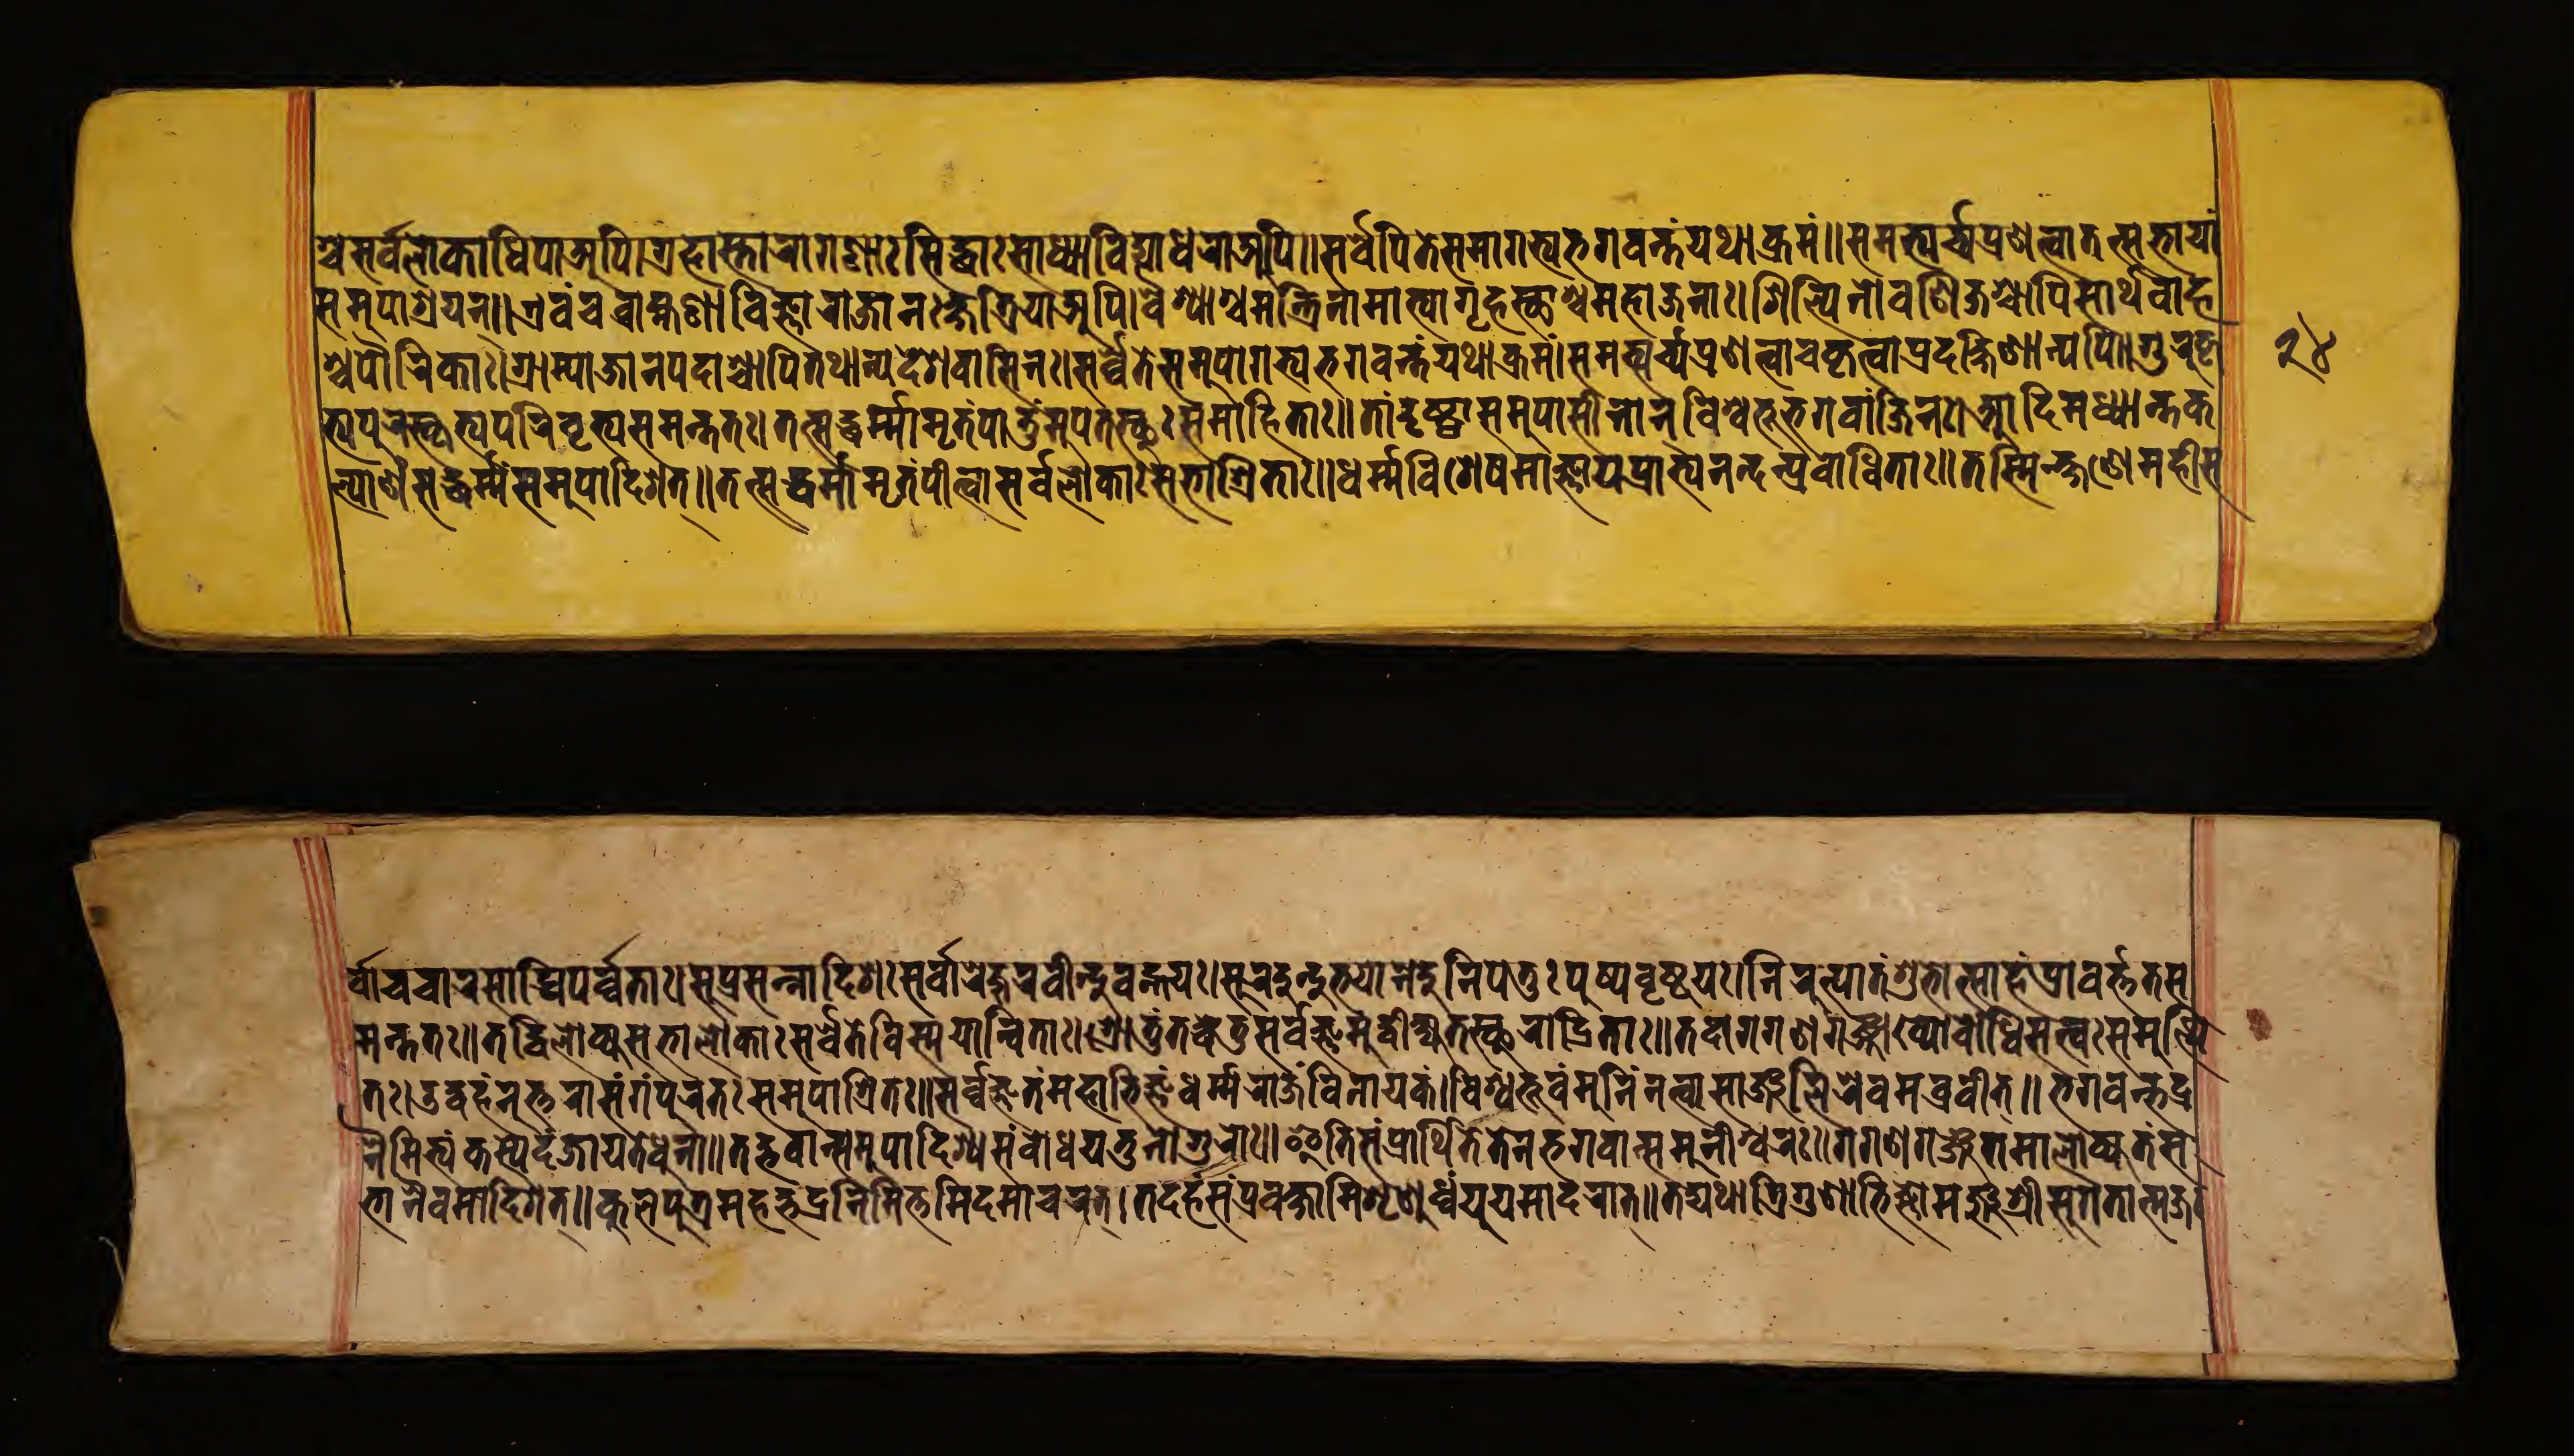
𑐱𑑂𑐔𑐳𑐬𑑂𑐰𑐮𑑀𑐎𑐵𑐢𑐶𑐥𑐵𑐀𑐥𑐶।𑐐𑑂𑐬𑐴𑐵𑐳𑑂𑐟𑐵𑐬𑐵𑐐𑐞𑐵𑑅𑐳𑐶𑐡𑑂𑐢𑐵𑑅𑐳𑐵𑐢𑑂𑐫𑐵𑐰𑐶𑐡𑑂𑐫𑐵𑐢𑐬𑐵𑐀𑐥𑐶॥𑐳𑐬𑑂𑐰𑐾𑐥𑐶𑐟𑐾𑐳𑐳𑐵𑐐𑐟𑑂𑐫𑐨𑐐𑐰𑐣𑑂𑐟𑑄𑐫𑐠𑐵𑐎𑑂𑐬𑐩𑑄॥𑐳𑐩𑐨𑑂𑐫𑐬𑑂𑐔𑑂𑐫𑐥𑑂𑐬𑐞𑐟𑑂𑐰𑐵𑐟𑐟𑐳𑐨𑐵𑐫𑐵𑑄 𑐳𑐩𑐸𑐥𑐵𑐱𑑂𑐬𑐫𑐣𑑂॥𑐊𑐰𑑄𑐔𑐧𑑂𑐬𑐵𑐴𑑂𑐩𑐞𑐵𑐰𑐶𑐖𑑂𑐘𑐵𑐬𑐵𑐖𑐵𑐣𑐎𑑂𑐲𑐟𑑂𑐬𑐶𑐫𑐵𑐀𑐥𑐶।𑐰𑐿𑐱𑑂𑐫𑐵𑐱𑑂𑐔𑐩𑐣𑑂𑐟𑑂𑐬𑐶𑐞𑑀𑐩𑐵𑐟𑑂𑐫𑐵𑐐𑐺𑐴𑐳𑑂𑐠𑐵𑐱𑑂𑐔𑐩𑐴𑐵𑐖𑐣𑐵𑑅।𑐱𑐶𑐮𑑂𑐥𑐶𑐣𑑀𑐰𑐞𑐶𑐖𑐱𑑂𑐔𑐵𑐥𑐶𑐳𑐵𑐬𑑂𑐠𑐰𑐵𑐴𑐵 𑐱𑑂𑐔𑐥𑑁𑐬𑐶𑐎𑐵𑑅॥𑐐𑑂𑐬𑐵𑐩𑑂𑐫𑐵𑐖𑐵𑐣𑐥𑐡𑐵𑐱𑑂𑐔𑐵𑐥𑐶𑐟𑐠𑐵𑐣𑑂𑐫𑐾𑐡𑐾𑐱𑐰𑐵𑐳𑐶𑐣𑑅।𑐳𑐬𑑂𑐰𑐾𑐟𑐾𑐳𑐩𑐸𑐥𑐵𑐐𑐟𑑂𑐫𑐨𑐐𑐰𑐣𑑂𑐟𑐫𑐠𑐵𑐎𑑂𑐬𑐩𑑄॥𑐳𑐩𑐨𑑂𑐫𑐬𑑂𑐔𑑂𑐫𑐥𑑂𑐬𑐞𑐟𑑂𑐰𑐵𑐔𑐎𑐺𑐟𑑂𑐰𑐵𑐥𑑂𑐬𑐡𑐎𑑂𑐲𑐶𑐞𑐵𑐣𑑂𑐫𑐥𑐶॥𑐐𑐸𑐬𑐸𑐎𑐺 𑐟𑑂𑐫𑐥𑐸𑐬𑐳𑑂𑐎𑐺𑐟𑑂𑐫𑐥𑐬𑐶𑐰𑐺𑐟𑑂𑐫𑐳𑐩𑐣𑑂𑐟𑐟𑑅।𑐟𑐟𑑂𑐳𑐢𑐬𑑂𑐩𑑂𑐩𑐵𑐩𑐺𑐟𑑄𑐥𑐵𑐟𑐸𑐩𑐸𑐥𑐟𑐳𑑂𑐠𑐸𑑅𑐳𑐩𑐵𑐴𑐶𑐟𑐵𑑅॥𑐟𑐵𑐣𑑂𑐡𑐺𑐲𑑂𑐚𑑂𑐰𑐵𑐳𑐩𑐸𑐥𑐵𑐳𑐷𑐣𑐵𑐣𑑂𑐰𑐶𑐱𑑂𑐰𑐨𑐹𑐬𑑂𑐨𑐐𑐰𑐵𑑄𑐖𑐶𑐣𑑅।𑐁𑐡𑐶𑐩𑐢𑑂𑐫𑐵𑐣𑑂𑐟𑐎 𑐮𑑂𑐫𑐵𑐞𑑄𑐳𑐡𑑂𑐢𑐬𑑂𑐩𑐳𑐩𑐸𑐥𑐵𑐡𑐶𑐱𑐟𑑂॥𑐟𑐟𑑂𑐳𑐡𑑂𑐢𑐬𑑂𑐩𑑂𑐩𑐵𑐩𑐺𑐟𑑄𑐥𑐷𑐟𑑂𑐰𑐵𑐳𑐬𑑂𑐰𑐾𑐮𑑀𑐎𑐵𑑅𑐳𑐨𑐵𑐱𑑂𑐬𑐶𑐟𑐵𑑅॥𑐢𑐬𑑂𑐩𑑂𑐩𑐰𑐶𑐱𑐾𑐲𑐩𑐵𑐖𑑂𑐘𑐵𑐫𑐥𑑂𑐬𑐵𑐥𑑂𑐫𑐣𑐣𑑂𑐡𑐥𑑂𑐬𑐰𑑀𑐢𑐶𑐟𑐵𑑅॥𑐟𑐳𑑂𑐩𑐶𑐣𑑂𑐎𑑂𑐲𑐞𑐾𑐩𑐴𑐷𑐳 𑐬𑑂𑐰𑐵𑐔𑐔𑐵𑐬𑐡𑑂𑐢𑐶𑐳𑐥𑐬𑑂𑐰𑐟𑐵𑑅॥𑐳𑐸𑐥𑑂𑐬𑐳𑐣𑑂𑐣𑐵𑐡𑐶𑐱𑑅𑐳𑐬𑑂𑐰𑐵𑐬𑐾𑐖𑐸𑐬𑐰𑐷𑐣𑑂𑐡𑑂𑐬𑐰𑐴𑑂𑐣𑑂𑐫𑑅॥𑐳𑐸𑐬𑐡𑐸𑐣𑑂𑐡𑐸𑐨𑐫𑑀𑐣𑐾𑐣𑑂𑐡𑐸𑐬𑑂𑐣𑐶𑐥𑐾𑐟𑐸𑑅𑐥𑐸𑐲𑑂𑐥𑐰𑐺𑐲𑑂𑐚𑐫𑑅।𑐣𑐶𑐬𑐸𑐟𑑂𑐥𑐵𑐟𑑄𑐩𑐴𑑀𑐟𑑂𑐳𑐵𑐴𑑄𑐥𑑂𑐬𑐵𑐰𑐬𑑂𑐟𑑂𑐟𑐟𑐳 𑐩𑐣𑑂𑐟𑐟𑑅॥𑐟𑐡𑑂𑐰𑐶𑐮𑑀𑐎𑑂𑐫𑐳𑐨𑐵𑐮𑑀𑐎𑐵𑑅𑐳𑐬𑑂𑐰𑐾𑐟𑐾𑐰𑐶𑐳𑑂𑐩𑐫𑐵𑐣𑑂𑐰𑐶𑐟𑐵𑑅॥𑐱𑑂𑐬𑑀𑐟𑐸𑑄𑐟𑐡𑑂𑐢𑐾𑐟𑐸𑐳𑐬𑑂𑐰𑐖𑑂𑐘𑐩𑐸𑐡𑑂𑐰𑐷𑐎𑑂𑐲𑑂𑐫𑐟𑐳𑑂𑐠𑐸𑐬𑐵𑐡𑐶𑐟𑐵𑑅॥𑐟𑐡𑐵𑐐𑐐𑐣𑐐𑐘𑑂𑐖𑐵𑐏𑑂𑐫𑑀𑐧𑑀𑐢𑐶𑐳𑐟𑑂𑐟𑑂𑐰𑑅𑐳𑐩𑐸𑐟𑑂𑐠𑐶 𑐟𑑅।𑐄𑐡𑑂𑐢𑐴𑐣𑑂𑐣𑐸𑐟𑑂𑐟𑐬𑐵𑐳𑑄𑐐𑐥𑐸𑐬𑐟𑑅𑐳𑐩𑐸𑐥𑐵𑐱𑑂𑐬𑐶𑐟॥𑐳𑐬𑑂𑐰𑐖𑑂𑐘𑑄𑐟𑑄𑐩𑐴𑐵𑐨𑐶𑐖𑑂𑐘𑑄𑐢𑐬𑑂𑐩𑑂𑐩𑐬𑐵𑐖𑑄𑐰𑐶𑐣𑐵𑐫𑐎𑑄।𑐰𑐶𑐱𑑂𑐰𑐨𑐸𑐰𑑄𑐩𑐸𑐣𑐶𑐣𑑂𑐣𑐟𑑂𑐰𑐵𑐳𑐵𑑄𑐖𑐮𑐶𑐬𑐾𑐰𑐩𑐧𑑂𑐬𑐰𑐷𑐟𑑂॥𑐨𑐐𑐰𑐣𑑂𑐟𑐡𑑂𑐬 𑐣𑐿𑐩𑐶𑐟𑑂𑐫𑑄𑐎𑐳𑑂𑐫𑐾𑐡𑑄𑐖𑐵𑐫𑐟𑐾𑐢𑐸𑐣𑐵॥𑐟𑐡𑑂𑐨𑐰𑐵𑐣𑑂𑐳𑐩𑐸𑐥𑐵𑐡𑐶𑐱𑑂𑐫𑐳𑑄𑐧𑑀𑐢𑐫𑐟𑐸𑐣𑑀𑐐𑐸𑐬𑑀𑑅॥𑐂𑐟𑐶𑐳𑑄𑐥𑑂𑐬𑐵𑐬𑑂𑐠𑐶𑐟𑐾𑐟𑐾𑐣𑐨𑐐𑐰𑐵𑐣𑑂𑐳𑐩𑐸𑐣𑐷𑐱𑑂𑐰𑐬𑑅॥𑐐𑐐𑐣𑐐𑑄𑐖𑐩𑐵𑐮𑑀𑐎𑑂𑐫𑐟𑑄𑐳 𑐨𑐵𑐔𑐿𑐰𑐩𑐧𑑂𑐬𑐰𑐷𑐟𑑂॥𑐎𑐸𑐮𑐥𑐸𑐟𑑂𑐬𑐩𑐴𑐡𑑂𑐨𑐡𑑂𑐬𑐣𑐶𑐩𑐶𑐟𑑂𑐟𑐩𑐶𑐡𑐩𑐵𑐔𑐬𑐟𑑂।𑐟𑐡𑐴𑑄𑐳𑐥𑑂𑐬𑐰𑐎𑑂𑐲𑐵𑐩𑐶𑐱𑐺𑐞𑐸𑐢𑑂𑐰𑑄𑐫𑐹𑐫𑐩𑐵𑐡𑐬𑐵𑐟𑑂॥𑐟𑐡𑑂𑐫𑐠𑐵𑐟𑑂𑐬𑐶𑐐𑐸𑐞𑐵𑐨𑐶𑐖𑑂𑐘𑐵𑐩𑐘𑑂𑐖𑐸𑐱𑑂𑐬𑐷𑑅𑐳𑐸𑐐𑐟𑐵𑐟𑑂𑐩𑐖𑑅। 𑑒𑑔